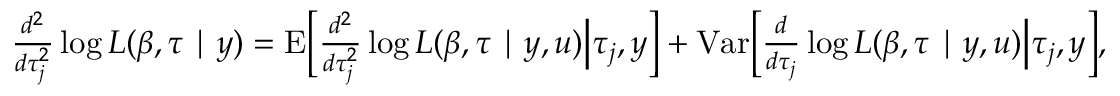
\begin{array} { r } { \frac { d ^ { 2 } } { d \tau _ { j } ^ { 2 } } \log L ( \beta , \tau \mid y ) = { \mathrm { E } } \Big [ \frac { d ^ { 2 } } { d \tau _ { j } ^ { 2 } } \log L ( \beta , \tau \mid y , u ) \Big | \tau _ { j } , y \Big ] + { \mathrm { V a r } } \Big [ \frac { d } { d \tau _ { j } } \log L ( \beta , \tau \mid y , u ) \Big | \tau _ { j } , y \Big ] , } \end{array}